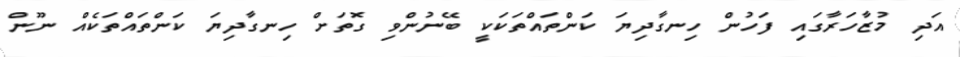
އަދި މުޒާހަރާގައި ފަހުން ހިނގާދިޔަ ކަންތައްތަކަކީ ބޭނުންވި ގޮތަށް ހިނގާދިޔަ ކަންތައްތަކެއް ނޫން